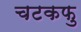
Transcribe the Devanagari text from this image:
चटकफु